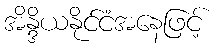
အိန္ဒိယနိုင်ငံအနေဖြင့်